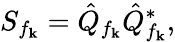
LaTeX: S_{f_{\mathbf{k}}}=\hat{{Q}}_{f_{\mathbf{k}}}\hat{{Q}}_{f_{\mathbf{k}}}^{\ast},